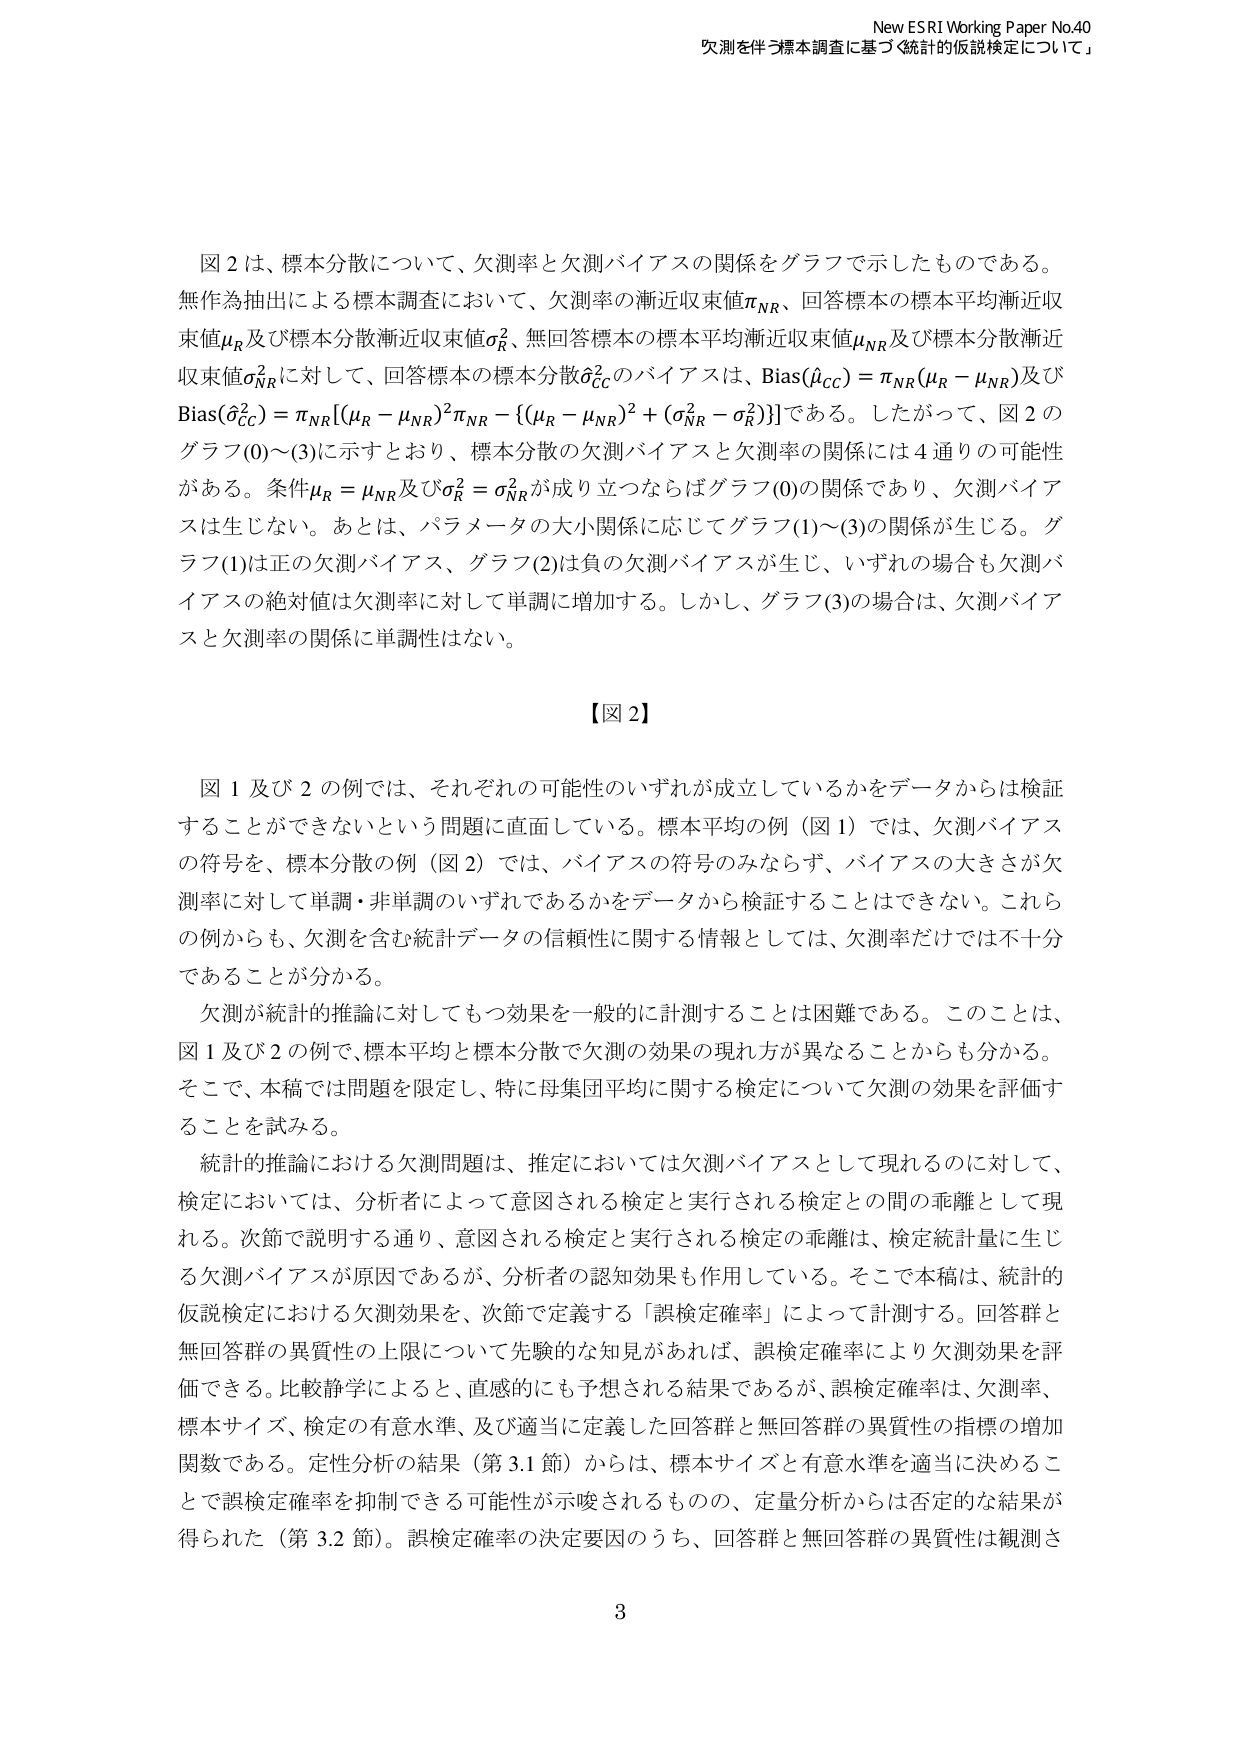
New ESRI Working Paper No.40
欠測を伴う標本調査に基づく「統計的仮説検定について」

図2は、標本分散について、欠測率と欠測バイアスの関係をグラフで示したものである。無作為抽出による標本調査において、欠測率の漸近収束値πNR、回答標本の標本平均漸近収束値μR及び標本分散漸近収束値σR²、無回答標本の標本平均漸近収束値μNR及び標本分散漸近収束値σNR²に対して、回答標本の標本分散σ̂CC²のバイアスは、Bias(μ̂CC) = πNR(μR - μNR)及びBias(σ̂CC²) = πNR[(μR - μNR)²πNR - {(μR - μNR)² + (σNR² - σR²)}]である。したがって、図2のグラフ(0)～(3)に示すとおり、標本分散の欠測バイアスと欠測率の関係には4通りの可能性がある。条件μR = μNR及びσR² = σNR²が成り立つならばグラフ(0)の関係であり、欠測バイアスは生じない。あとは、パラメータの大小関係に応じてグラフ(1)～(3)の関係が生じる。グラフ(1)は正の欠測バイアス、グラフ(2)は負の欠測バイアスが生じ、いずれの場合も欠測バイアスの絶対値は欠測率に対して単調に増加する。しかし、グラフ(3)の場合は、欠測バイアスと欠測率の関係に単調性はない。

【図2】

図1及び2の例では、それぞれの可能性のいずれが成立しているかをデータからは検証することができないという問題に直面している。標本平均の例（図1）では、欠測バイアスの符号を、標本分散の例（図2）では、バイアスの符号のみならず、バイアスの大きさが欠測率に対して単調・非単調のいずれであるかをデータから検証することはできない。これらの例からも、欠測を含む統計データの信頼性に関する情報としては、欠測率だけでは不十分であることが分かる。

欠測が統計的推論に対してもつ効果を一般的に計測することは困難である。このことは、図1及び2の例で、標本平均と標本分散で欠測の効果の現れ方が異なることからも分かる。そこで、本稿では問題を限定し、特に母集団平均に関する検定について欠測の効果を評価することを試みる。

統計的推論における欠測問題は、推定においては欠測バイアスとして現れるのに対して、検定においては、分析者によって意図される検定と実行される検定との間の乖離として現れる。次節で説明する通り、意図される検定と実行される検定の乖離は、検定統計量に生じる欠測バイアスが原因であるが、分析者の認知効果も作用している。そこで本稿は、統計的仮説検定における欠測効果を、次節で定義する「誤検定確率」によって計測する。回答群と無回答群の異質性の上限について先験的な知見があれば、誤検定確率により欠測効果を評価できる。比較静学によると、直感的にも予想される結果であるが、誤検定確率は、欠測率、標本サイズ、検定の有意水準、及び適当に定義した回答群と無回答群の異質性の指標の増加関数である。定性分析の結果（第3.1節）からは、標本サイズと有意水準を適当に決めることで誤検定確率を抑制できる可能性が示唆されるものの、定量分析からは否定的な結果が得られた（第3.2節）。誤検定確率の決定要因のうち、回答群と無回答群の異質性は観測さ

3